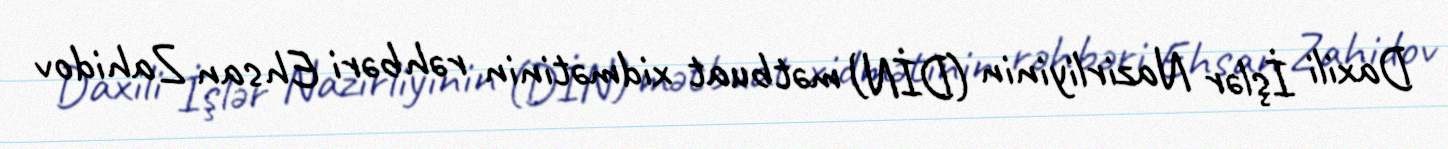
Daxili İşlər Nazirliyinin (DİN) mətbuat xidmətinin rəhbəri Ehsan Zahidov